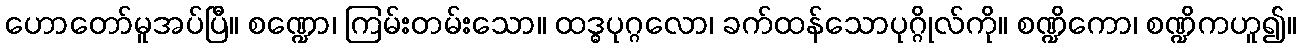
ဟောတော်မူအပ်ပြီ။ စဏ္ဍော၊ ကြမ်းတမ်းသော။ ထဒ္ဓပုဂ္ဂလော၊ ခက်ထန်သောပုဂ္ဂိုလ်ကို။ စဏ္ဍိကော၊ စဏ္ဍိကဟူ၍။